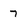
Character: 7